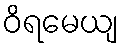
ဝိရမေယျ